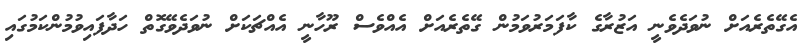
އެގޭތެރެއަށް ނުވަދެވެނީ އަޒުރާގެ ކާފަމަރުވަމުން ގޭތެރެއަށް އެއްވެސް ރޫހާނީ އެއްޗަކަށް ނުވަދެވޭގޮތް ހަދާފައިވުމުންކަމުގައި